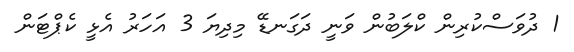
1 ދުވަސްކުރިން ކްލަބުން ވަނީ ދަގަނޑޭ މިދިޔަ 3 އަހަރު އެޅީ ކެޕްޓަން